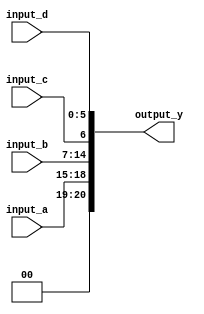
module ConcatenationContinuousAssignment (
    input wire [3:0] input_a,   // 4-bit input
    input wire [7:0] input_b,   // 8-bit input
    input wire input_c,         // 1-bit input
    input wire [5:0] input_d,   // 6-bit input
    output wire [20:0] output_y  // Output width is 4 + 8 + 1 + 6 = 19 bits
);

// Continuous assignment using concatenation
assign output_y = {input_a, input_b, input_c, input_d};

endmodule